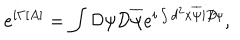
e ^ { i \Gamma [ A ] } = \int { \cal D } \psi { \cal D } \overline { { \psi } } e ^ { i \int d ^ { 2 } x \overline { { \psi } } i D \! \! \! / \psi } ,